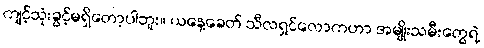
ကျင့်သုံးခွင့်မရှိတော့ပါဘူး။ ယနေ့ခေတ် သီလရှင်လောကဟာ အမျိုးသမီးတွေရဲ့